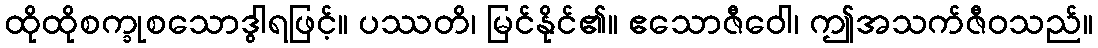
ထိုထိုစက္ခုစသောဒွါရဖြင့်။ ပဿတိ၊ မြင်နိုင်၏။ ဧသောဇီဝေါ၊ ဤအသက်ဇီဝသည်။